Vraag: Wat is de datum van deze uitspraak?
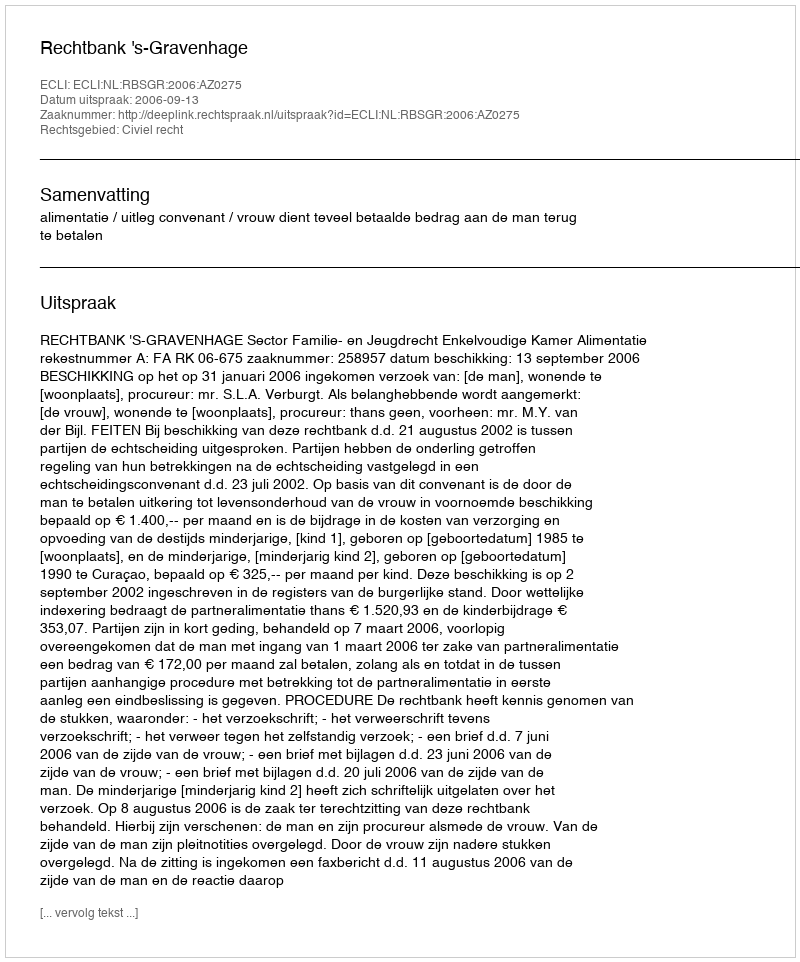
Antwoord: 2006-09-13